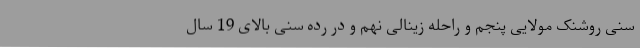
سنی روشنک مولایی پنجم و راحله زینالی نهم و در رده سنی بالای 19 سال